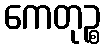
ကေတုဉ္စ